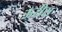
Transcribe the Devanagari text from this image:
ऊरीस